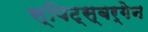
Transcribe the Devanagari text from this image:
स्पिट्स्‌बर्गेन